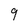
Character: 9